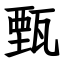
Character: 甄